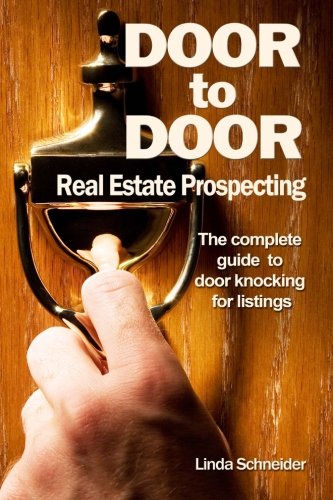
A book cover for Door to Door Real Estate Prospecting: The Complete Guide to Door Knocking for Listings; Linda Schneider; Business & Money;